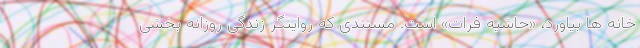
خانه ها بیاورد، «حاشیه فرات» است. مستندی که روایتگر زندگی روزانه بخشی